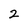
Character: 2